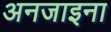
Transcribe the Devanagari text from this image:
अनजाइना